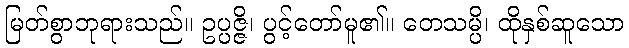
မြတ်စွာဘုရားသည်။ ဥပ္ပဇ္ဇိ၊ ပွင့်တော်မူ၏။ တေသမ္ပိ၊ ထိုနှစ်ဆူသော